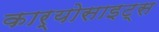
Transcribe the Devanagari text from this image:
कार्योसाइट्स